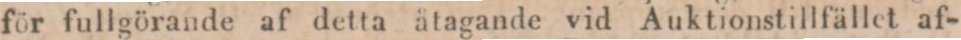
för fullgörande af detta åtagande vid Auktionstillfället af-